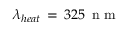
\lambda _ { h e a t } \, = \, 3 2 5 \, \mathrm { ~ n ~ m ~ }